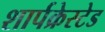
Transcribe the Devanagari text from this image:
शार्पक्रेस्टेड